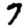
Digit: 7